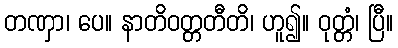
တဏှာ၊ ပေ။ နာတိဝတ္တတီတိ၊ ဟူ၍။ ဝုတ္တံ၊ ပြီ။